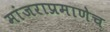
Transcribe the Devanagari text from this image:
मांजराप्रमाणेच